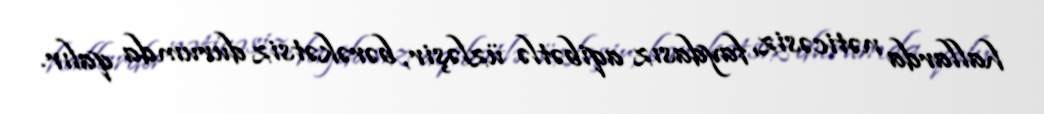
hallarda nəticəsiz, faydasız aqibətlə üzləşir, bərəkətsiz durumda qalır.